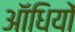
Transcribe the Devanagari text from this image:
ऑधियों